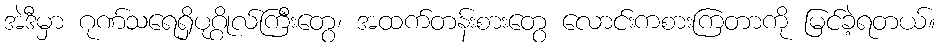
အဲဒီမှာ ဂုဏ်သရေရှိပုဂ္ဂိုလ်ကြီးတွေ၊ အထက်တန်းစားတွေ လောင်းကစားကြတာကို မြင်ခဲ့ရတယ်။